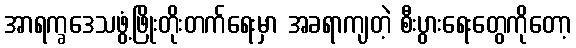
အာရက္ခဒေသဖွံ့ဖြိုးတိုးတက်ရေးမှာ အခရာကျတဲ့ စီးပွားရေးတွေကိုတော့